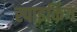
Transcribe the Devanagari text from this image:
स्पाइकिंग